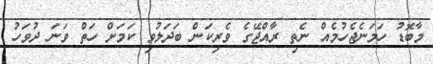
މާބޮޑު ހަމަނެޖެހުމެއް ނެތި ރާއްޖޭގެ ވެރިކަން ބަދަލުވި ކަމަށް ހަތް ވަނަ ދުވަހު